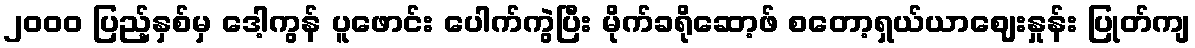
၂၀၀၀ ပြည့်နှစ်မှ ဒေါ့ကွန် ပူဖောင်း ပေါက်ကွဲပြီး မိုက်ခရိုဆော့ဖ် စတော့ရှယ်ယာဈေးနှုန်း ပြုတ်ကျ